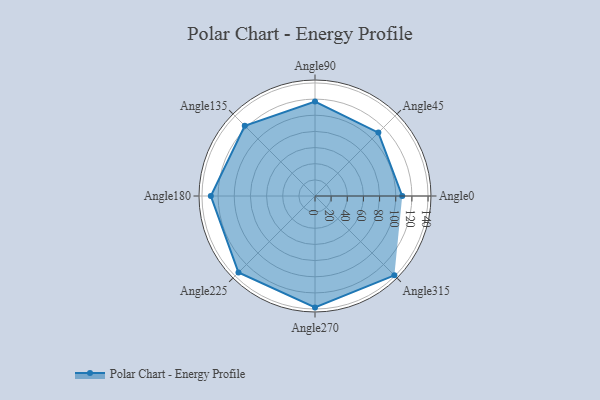
{"axis": {"x": "Angle", "y": "Radius"}, "legend": [""], "data": [{"x": "Angle0", "y": 108.0, "type": ""}, {"x": "Angle45", "y": 111.0, "type": ""}, {"x": "Angle90", "y": 117.0, "type": ""}, {"x": "Angle135", "y": 123.0, "type": ""}, {"x": "Angle180", "y": 129.0, "type": ""}, {"x": "Angle225", "y": 134.0, "type": ""}, {"x": "Angle270", "y": 138.0, "type": ""}, {"x": "Angle315", "y": 139.0, "type": ""}]}